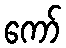
ကော်